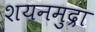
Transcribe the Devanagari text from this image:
शयनमुद्रा